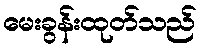
မေးခွန်းထုတ်သည်